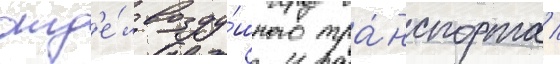
отд'е́л возду́шного тра́нспорта /